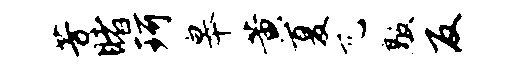
芳睹珂皋黄夏兀敲反